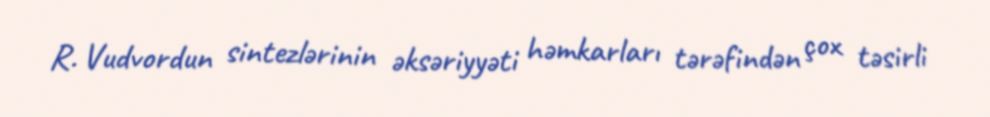
R. Vudvordun sintezlərinin əksəriyyəti həmkarları tərəfindən çox təsirli